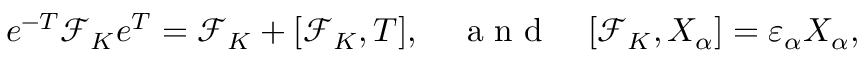
e ^ { - T } \mathcal { F } _ { K } e ^ { T } = \mathcal { F } _ { K } + [ \mathcal { F } _ { K } , T ] , \quad \mathrm { ~ a ~ n ~ d ~ } \quad [ \mathcal { F } _ { K } , X _ { \alpha } ] = \varepsilon _ { \alpha } X _ { \alpha } ,